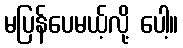
မပြန်ပေမယ့်လို့ ပေါ့။